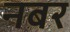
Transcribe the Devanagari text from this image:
नबर